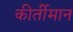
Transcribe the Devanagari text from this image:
कीर्तीमान